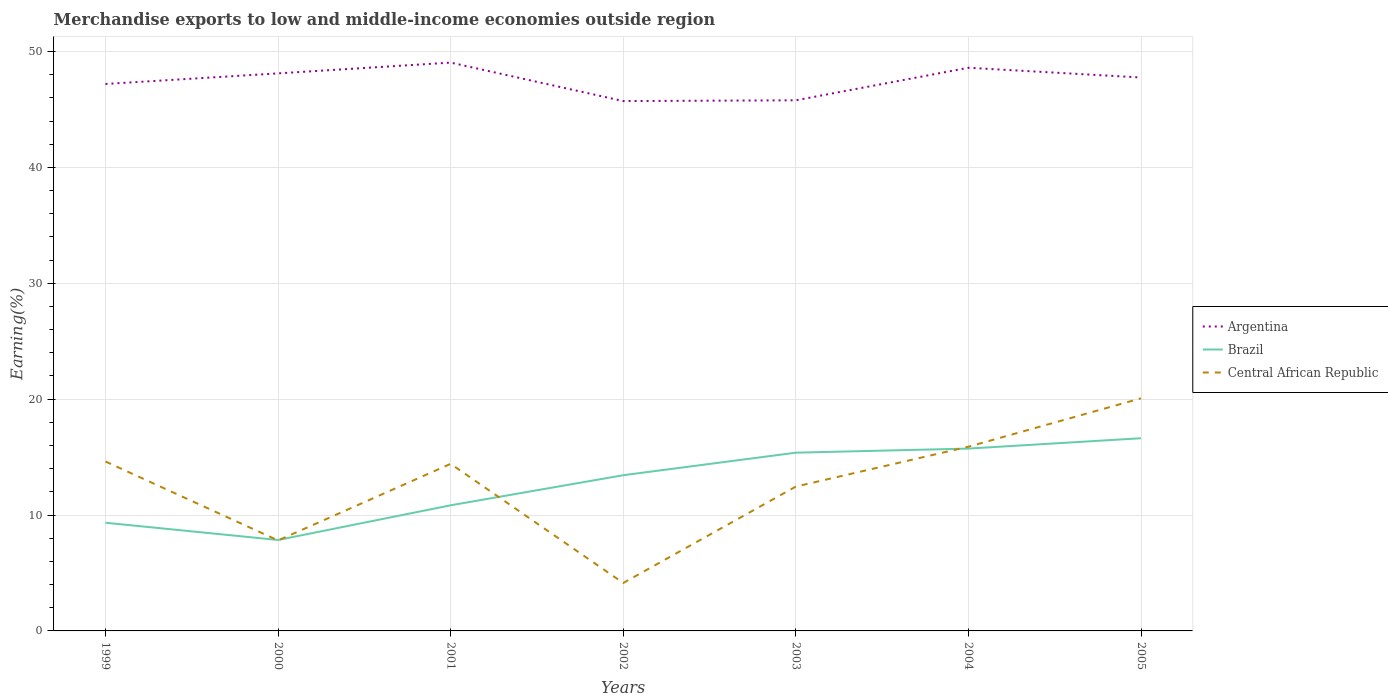
| Years | Argentina | Brazil | Central African Republic |
 | --- | --- | --- | --- |
 | 1999 | 47.2 | 9.33 | 14.6 |
 | 2000 | 48.1 | 7.85 | 7.81 |
 | 2001 | 49 | 10.8 | 14.4 |
 | 2002 | 45.7 | 13.4 | 4.14 |
 | 2003 | 45.8 | 15.4 | 12.5 |
 | 2004 | 48.6 | 15.7 | 15.9 |
 | 2005 | 47.8 | 16.6 | 20.1 |